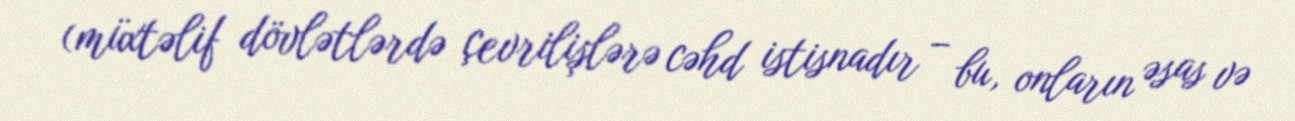
(müxtəlif dövlətlərdə çevrilişlərə cəhd istisnadır – bu, onların əsas və